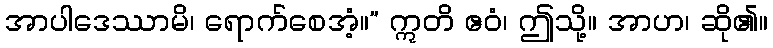
အာပါဒေဿာမိ၊ ရောက်စေအံ့။” ဣတိ ဧဝံ၊ ဤသို့။ အာဟ၊ ဆို၏။